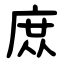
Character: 庻